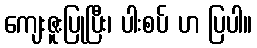
ကျေးဇူးပြုပြီး၊ ပါးစပ် ဟ ပြပါ။